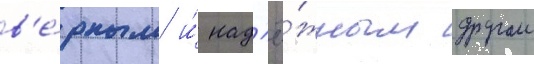
в'е́рным и́ над'ё́жным другом